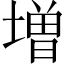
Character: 増